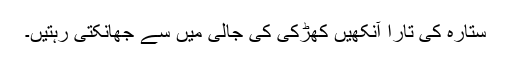
ستارہ کی تارا آنکھیں کھڑکی کی جالی میں سے جھانکتی رہتیں۔